system: You are a helpful assistant.
user:
Analyze the provided spectrum to determine if it is a **White Dwarf (WD)**.

A White Dwarf spectrum is defined by its **extreme purity** (due to gravitational settling) and/or **extreme pressure broadening** (due to high surface gravity). You must check for one of the following mutually exclusive signatures:

- **Key Visual Indicators (Check for ONE of these types):**

    - **1. DA-Type Signature (Most Common):**
        - **(Primary Feature):** Extreme pressure broadening (Stark broadening) of the **Hydrogen (H) Balmer lines**.
        - **(Key Lines):** $H\beta$ (approx. $4861$ Å) and $H\gamma$ (approx. $4340$ Å). $H\alpha$ (approx. $6563$ Å) will also be present if the wavelength range covers it.
        - **(Line Profile):** This is the **defining feature**. The lines are **NOT** sharp. They appear as massive, **extremely broad and deep "troughs" or "dips"** in the spectrum, often hundreds of Ångströms wide. The continuum will appear to "scoop" down at these wavelengths.
        - **(Distinction):** Normal A-type or B-type stars have *narrow* and *sharp* Hydrogen lines. A DA White Dwarf's lines are unmistakably "smeared" or "blurry" from pressure.

    - **2. DB-Type Signature:**
        - **(Primary Feature):** Broad absorption lines from **Neutral Helium (He I)**. The spectrum must lack any visible Hydrogen lines.
        - **(Key Lines):** Look for broad absorption near $4471$ Å, $4921$ Å, and $5876$ Å.
        - **(Line Profile):** These lines are also significantly pressure-broadened, appearing much wider than they would in a normal B-type main-sequence star.

    - **3. DC-Type Signature:**
        - **(Primary Feature):** A **featureless continuous spectrum**.
        - **(Line Profile):** The spectrum is a smooth curve with **no significant absorption or emission lines**.
        - **(Key Confirmation):** The continuum is almost always **blue or white**, indicating a hot object. This signature implies the atmosphere is so pure (or so cool) that no spectral lines are visible in the optical range. Its WD identity is confirmed by its extremely low intrinsic brightness (high absolute magnitude).

    - **4. DZ-Type Signature (Metal-Polluted):**
        - **(Primary Feature):** **Isolated, narrow metal absorption lines** on an otherwise featureless (DC-like) continuum.
        - **(Key Lines):** The **Calcium (Ca II) H & K doublet** (approx. **$3934$ Å** and **$3968$ Å**) is the most common and defining feature.
        - **(Line Profile):** These lines are "out of place." They are *not* part of a "forest" of thousands of lines. This signature is evidence of recent *accretion* (pollution) from rocky debris.
        - **(Distinction):** Normal G/K/M stars have a *dense forest* of thousands of metal lines. A DZ has a *clean* continuum with *only a few* strong metal lines.

    - **5. DQ-Type Signature (Carbon-Polluted):**
        - **(Primary Feature):** Absorption bands from **Carbon (C₂ "Swan Bands" or atomic C I)**.
        - **(Key Lines - C₂):** Look for bandheads with a "saw-tooth" shape near $5635$ Å, **$5165$ Å** (strongest), and $4737$ Å.
        - **(Key Confirmation):** The underlying **continuum must be blue or white** (hot).
        - **(Distinction):** This is the critical difference from a **Carbon Star**, which has the *exact same* C₂ bands but on an extremely **red, cool** continuum.

- **(Overall Spectrum):**
    - The continuum (overall shape) is typically **blue-sloping** (brighter in the blue than the red), as most white dwarfs are very hot.
    - The spectrum will look "pure" or "simple," dominated by only *one* of the five signatures listed above.

Think first, call **spectral_visualization_tool** if needed to examine features in detail, then provide your final answer. Your response must adhere to the following strict rules:
1.  **Overall Structure:** Your response must follow the format `<think>...</think> <tool_call>...</tool_call> (if a tool is used) <answer>...</answer>`.
2.  **Tool Usage Constraint:** You may only make **one** tool call per turn.
3.  **Final Answer Format:** In the `<answer>` tag, your conclusion must be inside a `\boxed{}` command (e.g., `\boxed{YES}` or `\boxed{NO}`), followed by your justification.

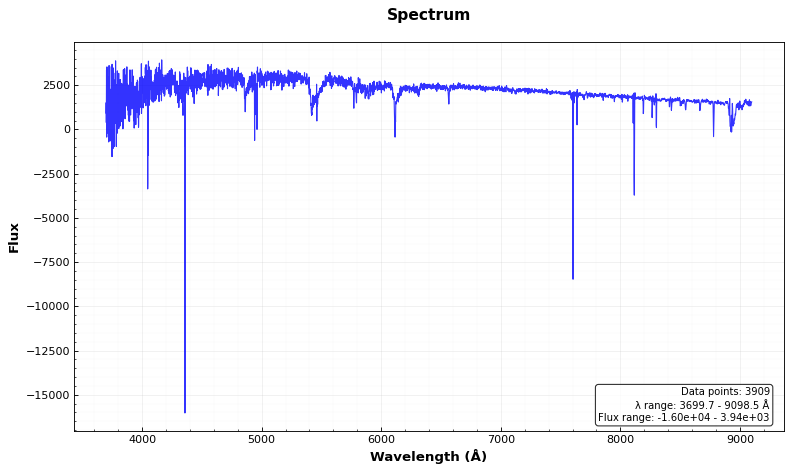
Answer: NO